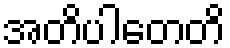
အတိပါတေတိ